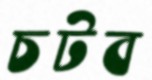
চটব